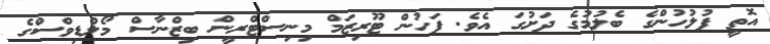
އޮތީ ފުލުހުންގެ ބެލުމުގެ ދަށުގަ އެވެ. ފަހުން ޓޫރިޒަމް މިނިސްޓްރީން ބިޒްނާސް މޯލްޑިވްސްގެ